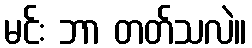
မင်း ဘာ တတ်သလဲ။